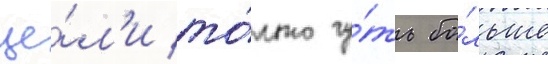
це́л'и то́лько чу́ть бо́льше